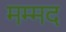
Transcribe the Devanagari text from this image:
मम्मद